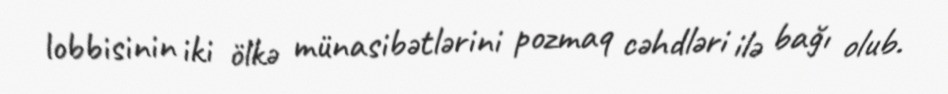
lobbisinin iki ölkə münasibətlərini pozmaq cəhdləri ilə bağı olub.